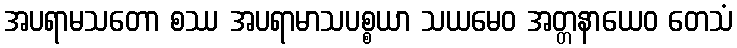
အပရာမသတော စဿ အပရာမာသပစ္စယာ သယမေဝ အတ္တနာယေဝ တေသံ